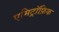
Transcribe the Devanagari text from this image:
एमिट्रॉफ़िक